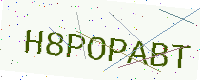
Text: H8POPABT